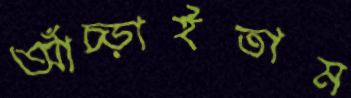
আঁচ্‌ড়াইতাম